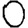
Digit: 0